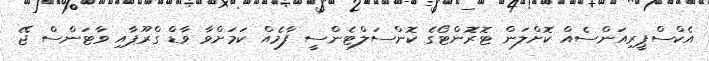
އެކްސްޕީރިއަންސެއް ކޮށްލަން ޓޮރޮންޓޯގެ ކޮންސަލްޓެންސީ ފާމެއް ކަމަށްވާ ވާޑް ގްރޫޕާއި ވާޓަންސް ޖޭ